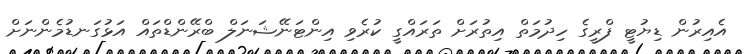
އެއިރުން ޑިޔުޓީ ފްރީގެ ހިދުމަތް އިތުރަށް ތަރައްގީ ކުރެވި އިންޓަނޭޝަނަލް ބްރޭންޑްތައް އަޅުގަނޑުމެންނަށް